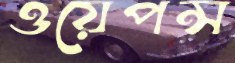
ওয়েপন্স